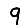
Digit: 9